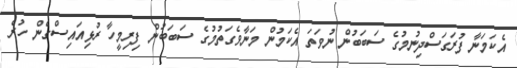
އެކަމަނާ ފުރަގަސްދިނުމުގެ ސަބަބުން ނުވަތަ އެކަމުން މަނާވެގަތުމުގެ ސަބަބުން ފިރިމީހާ ރުޅިއައިސްގެން ހުރެ